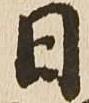
日